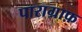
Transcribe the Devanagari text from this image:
पाराग्राफ़